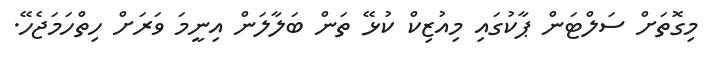
މިގޮތަށް ސަލްޓަން ޕާކުގައި މިއުޒިކް ކުޅޭ ތަން ބަލާލަން އިނީމަ ވަރަށް ހިތްހަމަޖެހޭ.